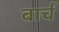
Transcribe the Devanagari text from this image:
बार्च